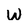
Character: W